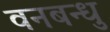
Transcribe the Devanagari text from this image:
वनबन्धु